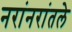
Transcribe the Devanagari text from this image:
नरांनरांतले